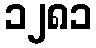
၁၂၈၁